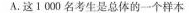
A.这1 000名考生是总 的一个样本